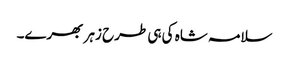
سلامہ شاہ کی ہی طرح زہر بھرے۔